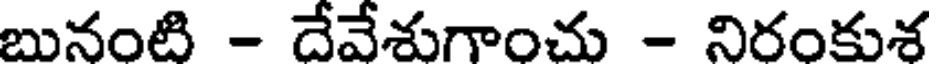
బునంటి - దేవేశుగాంచు - నిరంకుశ